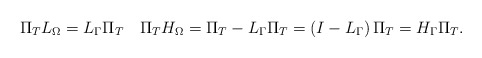
\begin{align*}\Pi_{T}L_{\Omega}=L_{\Gamma}\Pi_{T}\quad\Pi_{T}H_{\Omega}=\Pi_{T}-L_{\Gamma}\Pi_{T}=\left( I-L_{\Gamma}\right) \Pi_{T}=H_{\Gamma}\Pi_{T}. \end{align*}